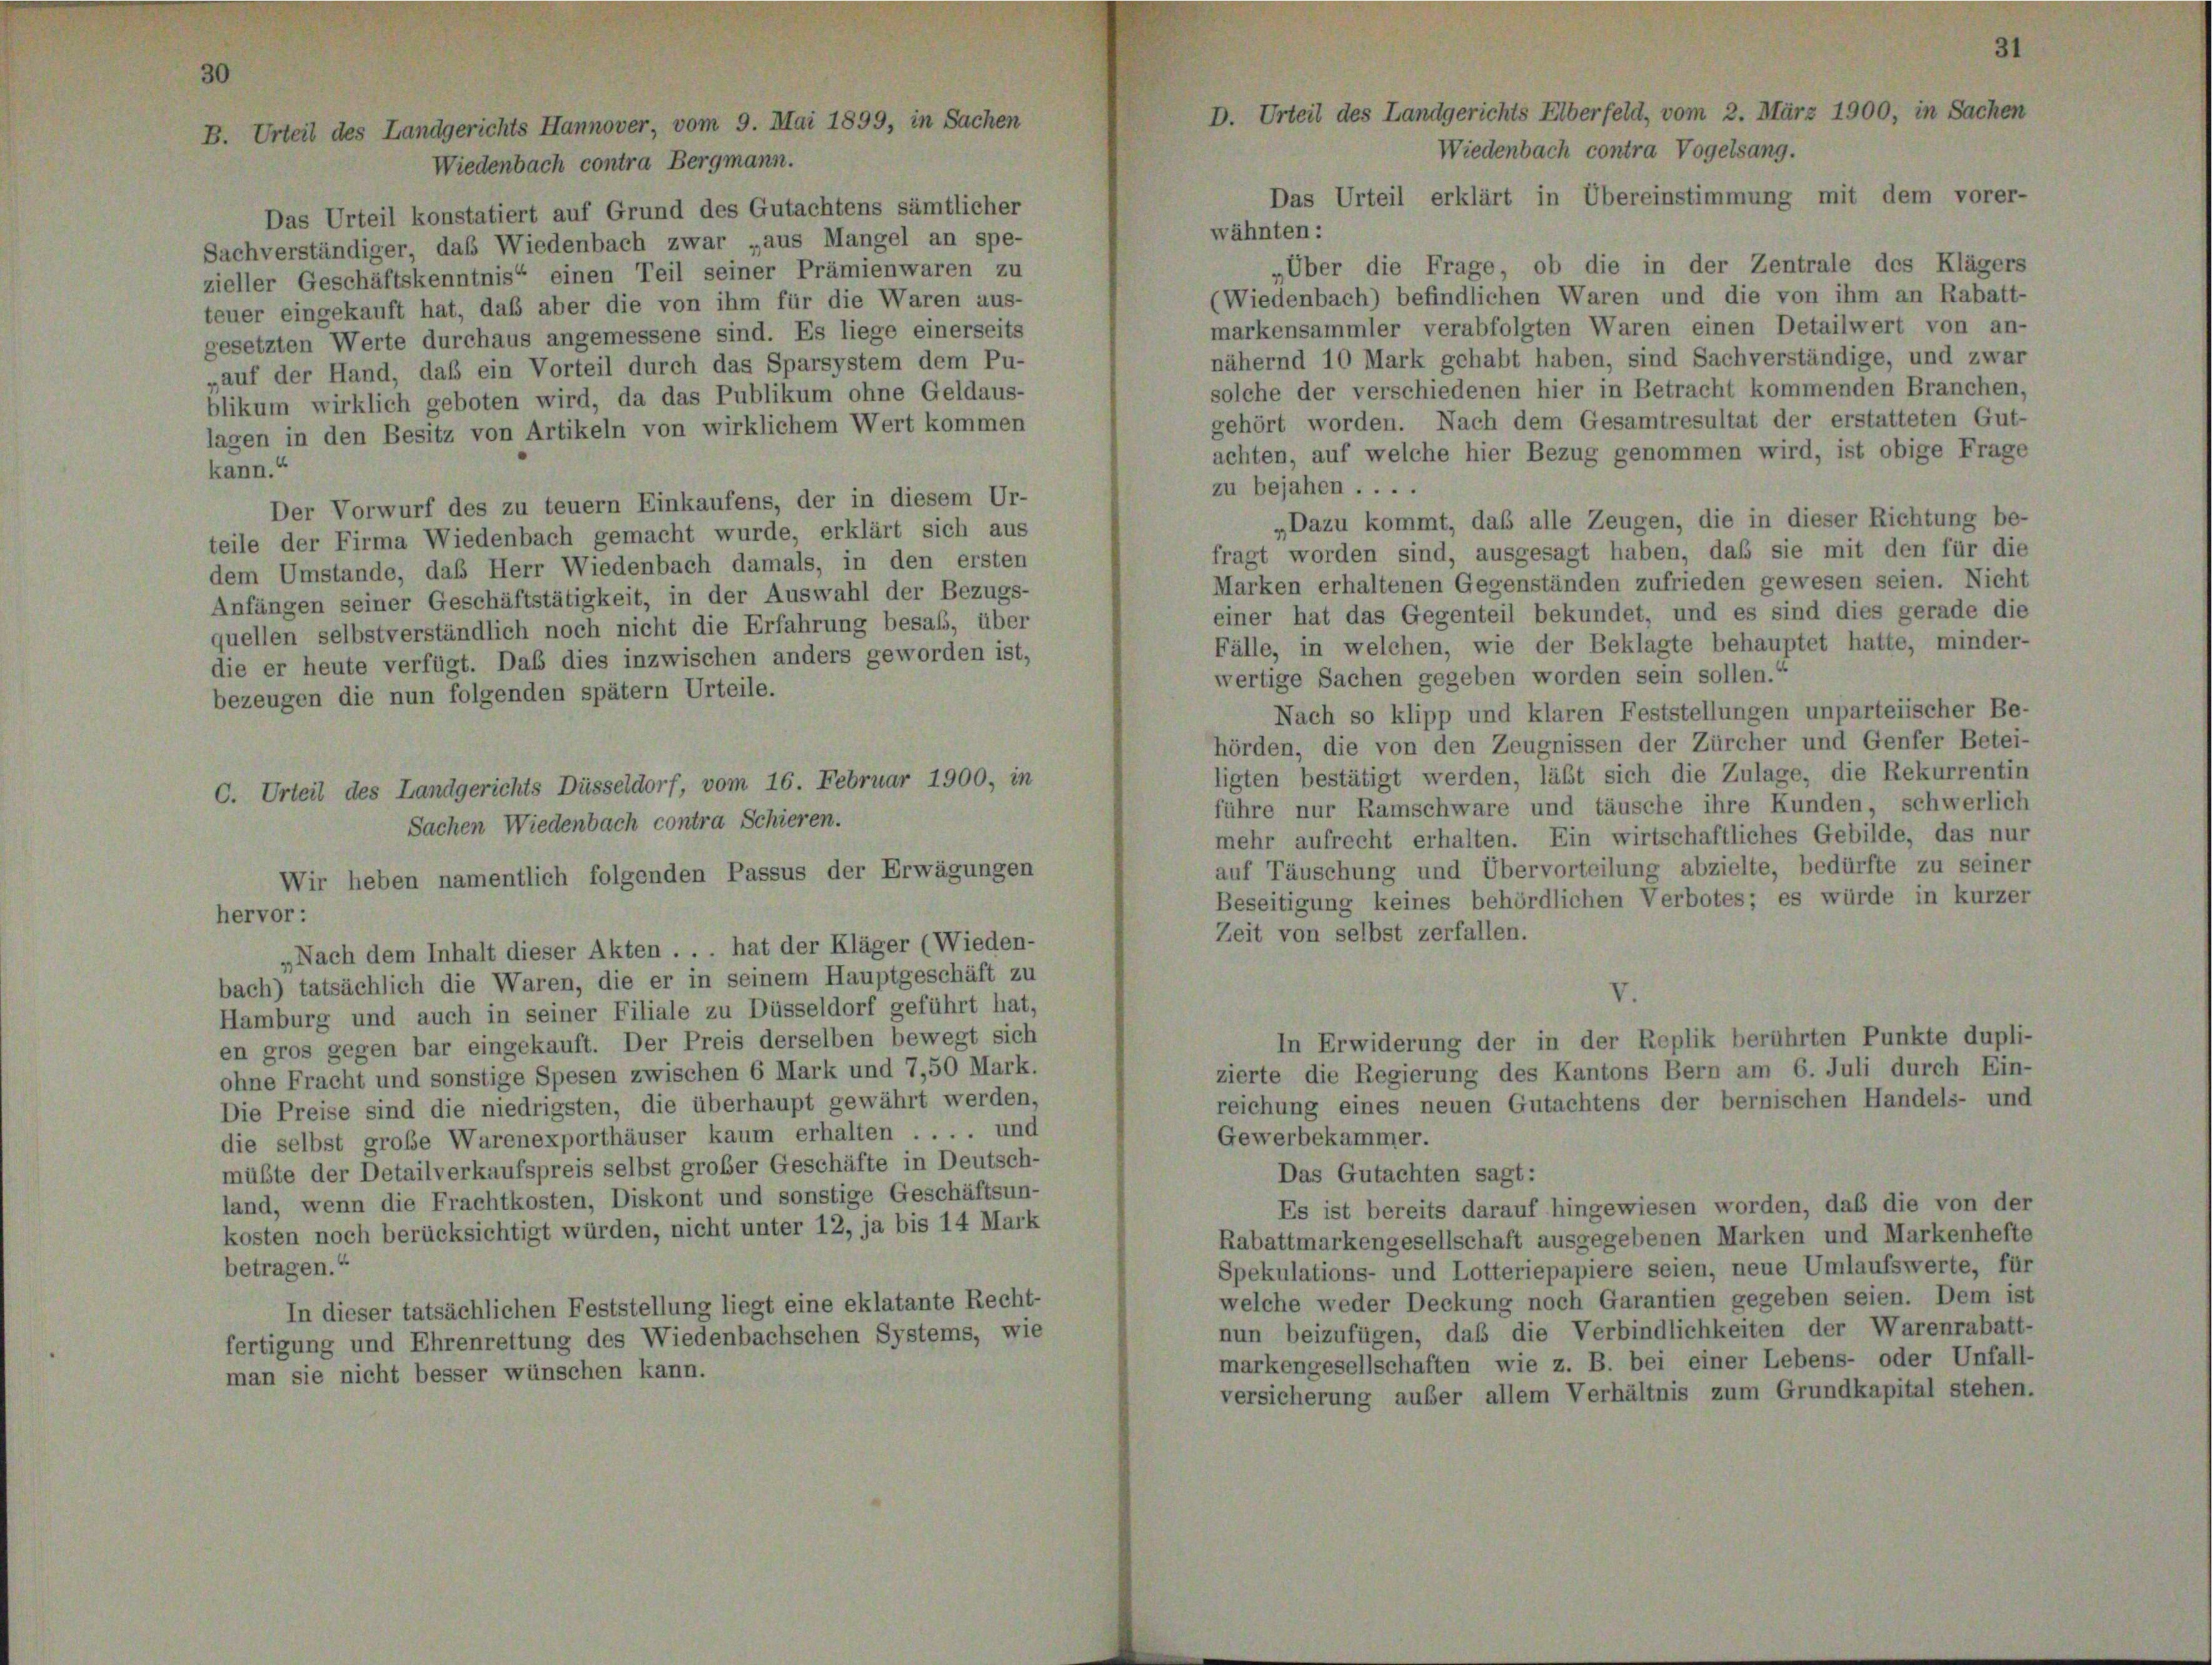
Das Urteil konstatiert auf Grund des Gutachtens sämtlicher
Sachverständiger, das Wiedenbach zwar „aus Mangel an spe-
zieller Geschäftskenntnis“ einen Teil seiner Prämienwaren zu
teuer eingekauft hat, daß aber die von ihm für die Waren aus-
gesetzten Werte durchaus angemessene sind. Es liege einerseits
„auf der Hand, daß ein Vorteil durch das Sparsystem dem Pu-
blikum wirklich geboten wird, da das Publikum ohne Geldaus-
lagen in den Besitz von Artikeln von wirklichem Wert kommen
kann.“
Der Vorwurf des zu teuern Einkaufens, der in diesem Ur-
teile der Firma Wiedenbach gemacht wurde, erklärt sich aus
dem Umstände, daß Herr Wiedenbach damals, in den ersten
Anfängen seiner Geschäftstätigkeit, in der Auswahl der Bezugs-
quellen selbstverständlich noch nicht die Erfahrung besaß, über
die er heute verfügt. Das dies inzwischen anders geworden ist,
bezeugen die nun folgenden spätem Urteile.

ihts Düsseldorf, vom 16. Februar 1900, in
Wiedenbach contra Schieren.
ntlich folgenden Passus der Erwägungen

„Nach dem Inhalt dieser Akten . . . hat der Kläger (Wieden-
ach) tatsächlich die Waren, die er in seinem Hauptgeschäft zu
Hamburg und auch in seiner Filiale zu Düsseldorf geführt hat,
en gros gegen bar eingekauft. Der Preis derselben bewegt sich
hne Fracht und sonstige Spesen zwischen 6 Mark und 7,50 Mark.
Die Preise sind die niedrigsten, die überhaupt gewährt werden,
die selbst große Warenexporthäuser kaum erhalten . . . . und
müßte der Detailverkaufspreis selbst grober Geschäfte in Deutsch-
land, wenn die Frachtkosten, Diskont und sonstige Geschäftsun-
kosten noch berücksichtigt würden, nicht unter 12, ja bis 14 Mark
betragen.“
In dieser tatsächlichen Feststellung liegt eine eklatante Recht-
fertigung und Ehrenrettung des Wiedenbachschen Systems, wie
man sie nicht besser wünschen kann.

„Über die Frage, ob die in der Zentrale des Kläs
(Wiedenbach) befindlichen Waren und die von ihm an Rabatt-
markensammler verabfolgten Waren einen Detailwert von an-
nähernd 10 Mark gehabt haben, sind Sachverständige, und zwar
solche der verschiedenen hier in Betracht kommenden Branch
gehört worden. Nach dem Gesamtresultat der erstatteten G
achten, auf welche hier Bezug genommen wird, ist obige Er-
zu bejahen ....
„Dazu kommt, daß alle Zeugen, die in dieser Richtung
fragt worden sind, ausgesagt haben, daß sie mit den für
Marken erhaltenen Gegenständen zufrieden gewesen seien. N
einer hat das Gegenteil bekundet, und es sind dies gerade
Fälle, in welchen, wie der Beklagte behauptet hatte, min
wertige Sachen gegeben worden sein sollen.“
Nach so klipp und klaren Feststellungen unparteiischer
hörden, die von den Zeugnissen der Zürcher und Genfer Be
ligten bestätigt werden, läßt sich die Zulage, die Rekurre
führe nur Ramschware und täusche ihre Kunden, schwer,
mehr aufrecht erhalten. Ein wirtschaftliches Gebilde, das
auf Täuschung und Übervorteilung abzielte, bedürfte zu sei
Beseitigung keines behördlichen Verbotes; es würde in kur
Zeit von selbst zerfallen.

Gewer

1 des Landgerichts Elberfeld, vom 2. März 1
Wiedenbach contra Vogelsang.

Erwiderung der in der Replik
die Regierung des Kantons Ber
" eines neuen Gutachtens der

Es ist bereits darauf hingewiesen w
Rabattmarkengesellschaft ausgegebenen M
Spekulations- und Lotteriepapiere seien,
welche weder Deckung noch Garantien
nun beizufügen, daß die Verbindlichk
markengesellschaften wie z. B. bei eine
versicherung außer allem Verhältnis z

Pr